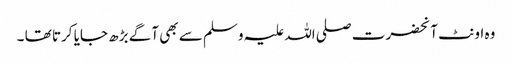
وہ اونٹ آنحضرت صلی اللہ علیہ وسلم سے بھی آگے بڑھ جایا کرتا تھا ۔